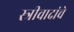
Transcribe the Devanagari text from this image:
स्त्रीवादांचे